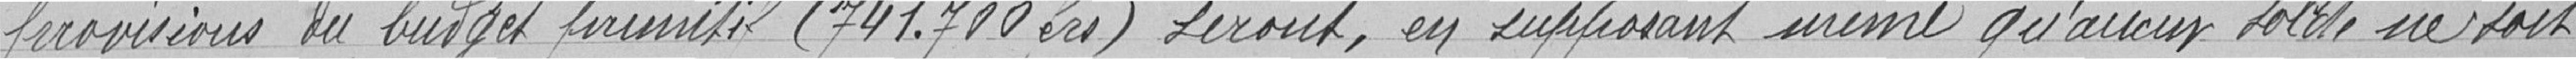
provisions du budget primitif (741.700 francs) seront, en supposant même qu'aucun solde ne soit